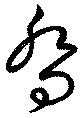
喬